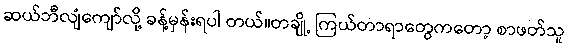
ဆယ်ဘီလျံကျော်လို့ ခန့်မှန်းရပါ တယ်။တချို့ ကြယ်တာရာတွေကတော့ စာဖတ်သူ